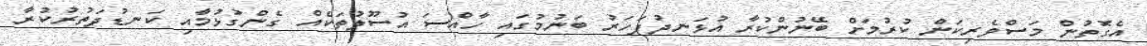
އެގޮތުން މަސްވެރިކަން ކުރުމަށް ބޭނުންކުރާ އުޅަނދުފަހަރު ބަނުމުގައި ހާއްސަ އުސޫލުތަކެއް ގެންގުޅުމާއި ކަނޑުދަތުރުކުރާ